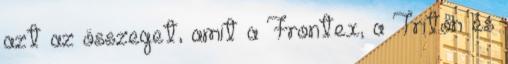
azt az összeget, amit a Frontex, a Triton és